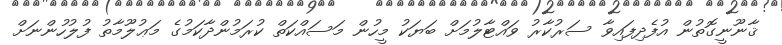
ޤާނޫނީގޮތުން އުފެދިފައިވާ ސަރުކާރު ވައްޓާލުމަށް ބަޔަކު މީހުން މަސައްކަތް ކުރަމުންދާކަމުގެ މަޢުލޫމާތު ފުލުހުންނަށް